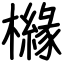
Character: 櫞